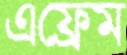
এফ্রেম